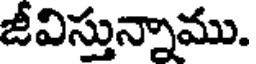
జీవిస్తున్నాము.